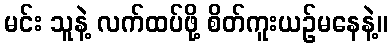
မင်း သူနဲ့ လက်ထပ်ဖို့ စိတ်ကူးယဉ်မနေနဲ့။